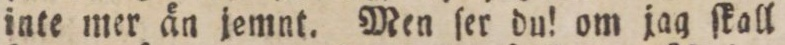
inte mer än jemnt. Men ſer du! om jag ſkall